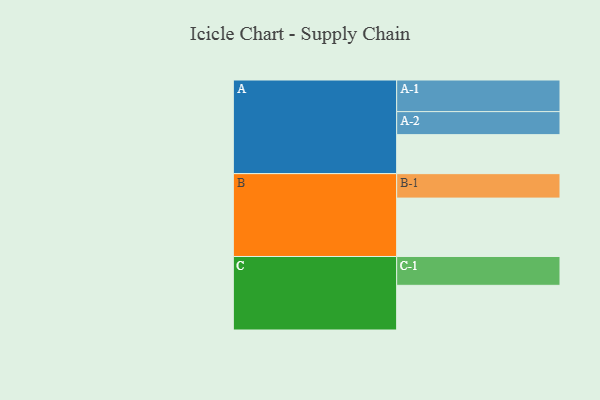
{"axis": {"x": "Segment", "y": "Value"}, "legend": ["", "A", "B", "C"], "data": [{"x": "A", "y": 364, "type": ""}, {"x": "B", "y": 545, "type": ""}, {"x": "C", "y": 417, "type": ""}, {"x": "A-1", "y": 295, "type": "A"}, {"x": "A-2", "y": 215, "type": "A"}, {"x": "B-1", "y": 228, "type": "B"}, {"x": "C-1", "y": 269, "type": "C"}]}